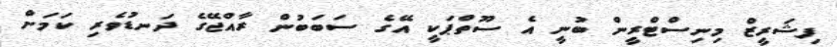
ފިޝަރީޒް މިނިސްޓްރީން ބުނީ އެ ސޫތްޕަކީ އޭގެ ސަބަބުން ރާއްޖޭގެ ދަނޑުވެރި ކަމަށް